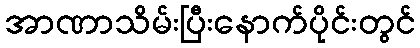
အာဏာသိမ်းပြီးနောက်ပိုင်းတွင်